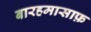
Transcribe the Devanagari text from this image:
बारहमासाफ़